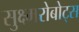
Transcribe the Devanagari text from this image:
सुक्ष्मरोबोट्स